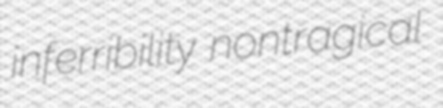
inferribility nontragical